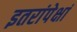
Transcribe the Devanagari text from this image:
इतरांपेक्षां